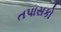
તપાસકો